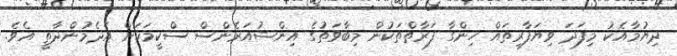
ދިޔުމާއެކު މިފަދަ ވިޔަފާރިތައް ހިންގާ ފަރާތްތަކުން މިބާވަތުގެ އިންޝުއަރެންސް ސްކީމަކަށް އެދެމުންދާތީ އެވެ.